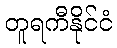
တူရကီနိုင်ငံ